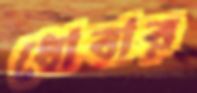
ধোবার